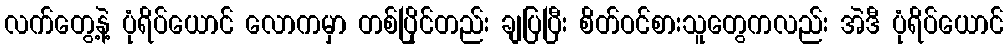
လက်တွေ့နဲ့ ပုံရိပ်ယောင် လောကမှာ တစ်ပြိုင်တည်း ချပြပြီး စိတ်ဝင်စားသူတွေကလည်း အဲဒီ ပုံရိပ်ယောင်